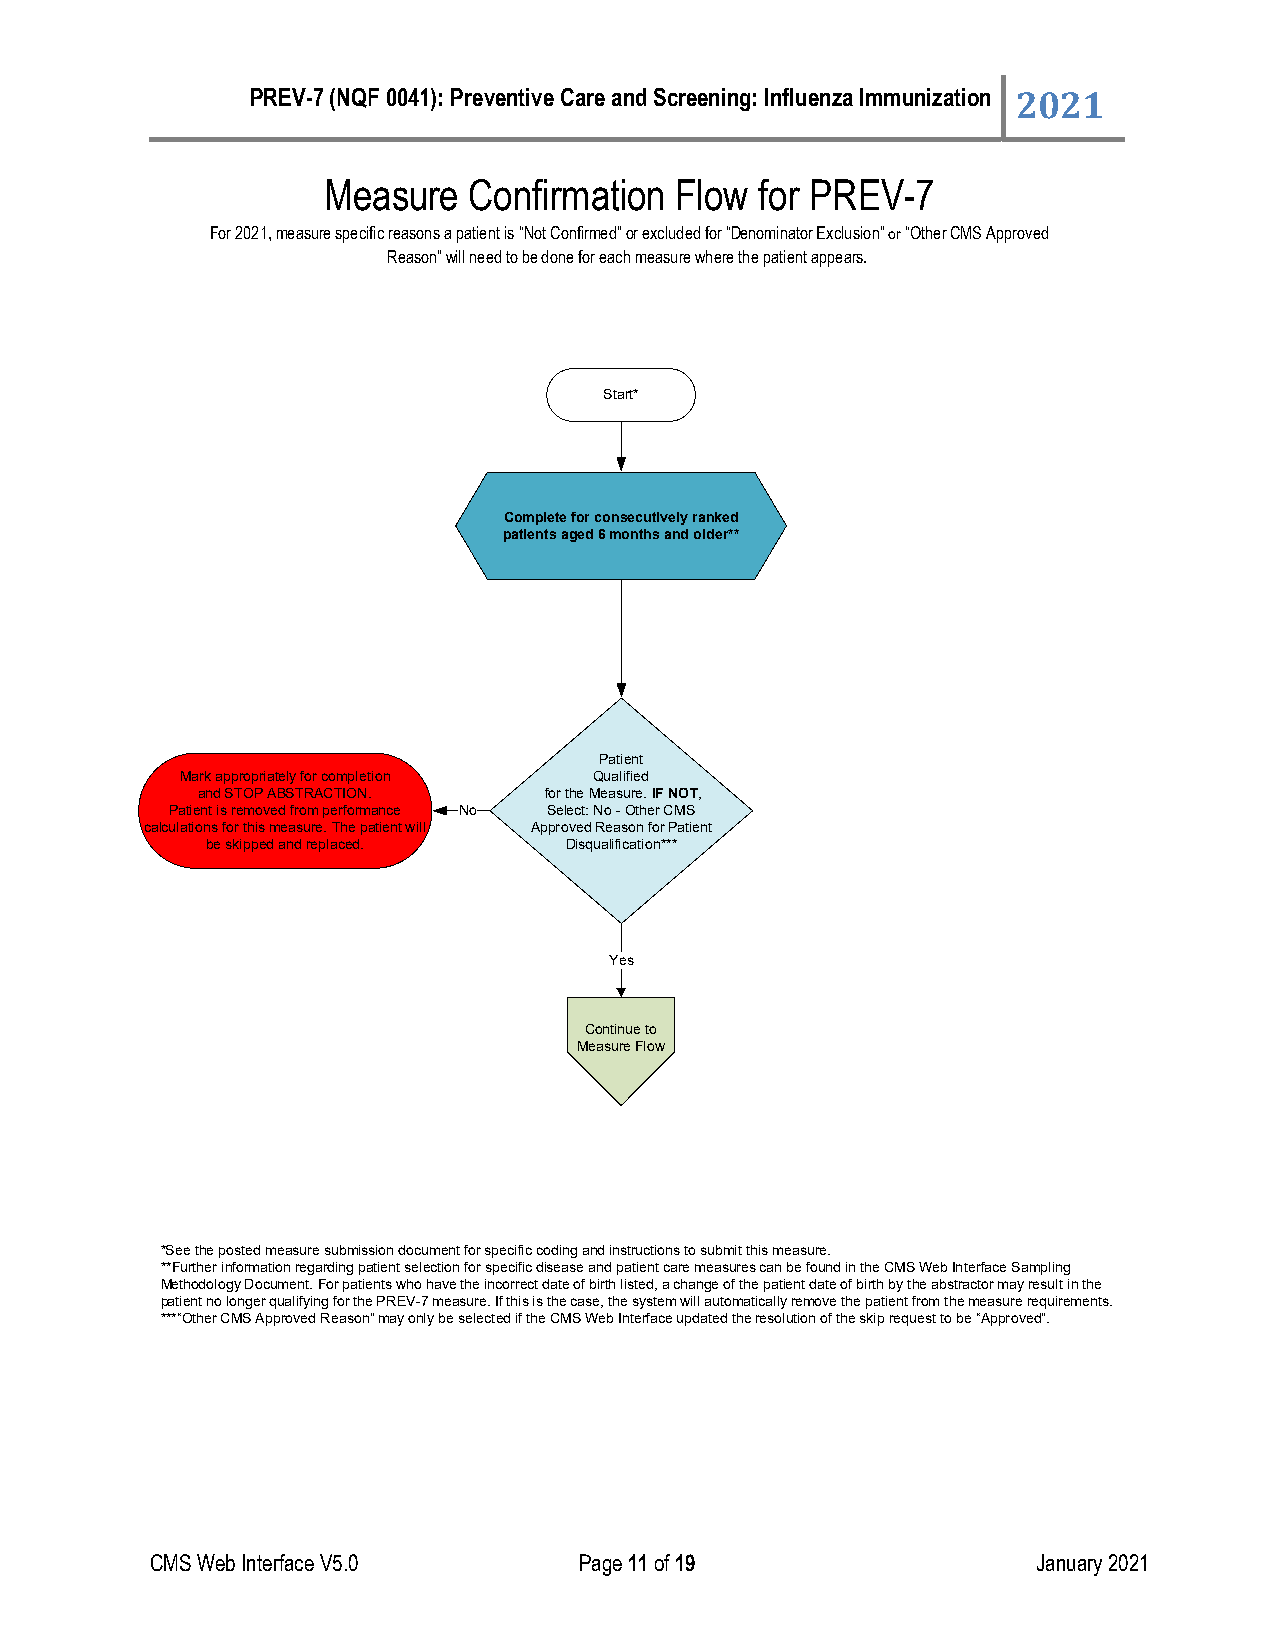
PREV-7 (NQF 0041): Preventive Care and Screening: Influenza Immunization 2021
 Measure   Confirmation  Flow for PREV-7
 For 2021, measure specific reasons a patient is “Not Confirmed” or excluded for “Denominator Exclusion” or “Other CMS Approved
 Reason” will need to be done for each measure where the patient appears.
 Start*
 Complete for consecutively ranked
 patients aged 6 months and older**
 Patient
 Mark appropriately for completion Qualified
 and STOP ABSTRACTION.  for the Measure. IF NOT,
 Patient is removed from performance No Select: No - Other CMS
 calculations for this measure. The patient will Approved Reason for Patient
 be skipped and replaced. Disqualification***
 Yes
 Continue to
 Measure Flow
 *See the posted measure submission document for specific coding and instructions to submit this measure.
 **Further information regarding patient selection for specific disease and patient care measures can be found in the CMS Web Interface Sampling
 Methodology Document. For patients who have the incorrect date of birth listed, a change of the patient date of birth by the abstractor may result in the
 patient no longer qualifying for the PREV-7 measure. If this is the case, the system will automatically remove the patient from the measure requirements.
 ***“Other CMS Approved Reason” may only be selected if the CMS Web Interface updated the resolution of the skip request to be “Approved”.
 CMS Web Interface V5.0      Page 11 of 19                  January 2021